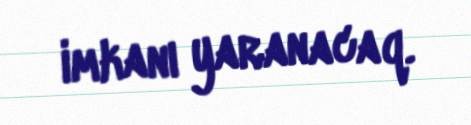
imkanı yaranacaq.